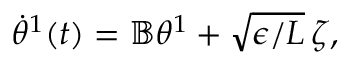
\begin{array} { r } { \dot { { \theta } } ^ { 1 } ( t ) = \mathbb { B } { { \theta } } ^ { 1 } + \sqrt { \epsilon / L } \, { \zeta } , } \end{array}